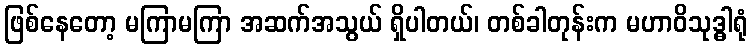
ဖြစ်နေတော့ မကြာမကြာ အဆက်အသွယ် ရှိပါတယ်၊ တစ်ခါတုန်းက မဟာဝိသုဒ္ဓါရုံ